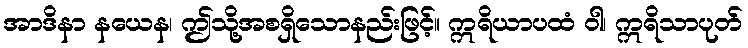
အာဒိနာ နယေန၊ ဤသို့အစရှိသောနည်းဖြင့်။ ဣရိယာပထံ ဝါ၊ ဣရိသာပုတ်